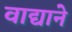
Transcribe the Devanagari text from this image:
वाद्याने